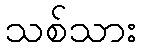
သစ်သား